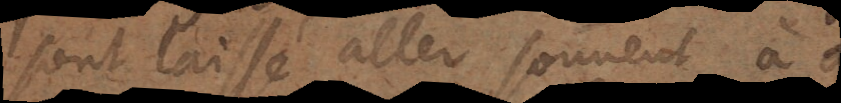
sont laissé aller souvent à